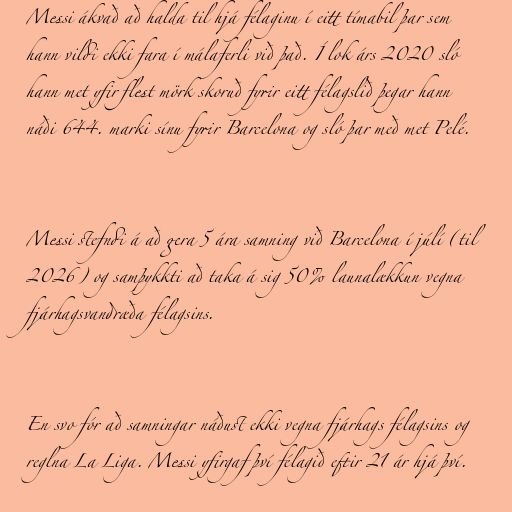
Messi ákvað að halda til hjá félaginu í eitt tímabil þar sem
hann vildi ekki fara í málaferli við það. Í lok árs 2020 sló
hann met yfir flest mörk skoruð fyrir eitt félagslið þegar hann
náði 644. marki sínu fyrir Barcelona og sló þar með met Pelé.

Messi stefndi á að gera 5 ára samning við Barcelona í júlí (til
2026) og samþykkti að taka á sig 50% launalækkun vegna
fjárhagsvandræða félagsins.

En svo fór að samningar náðust ekki vegna fjárhags félagsins og
reglna La Liga. Messi yfirgaf því félagið eftir 21 ár hjá því.